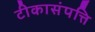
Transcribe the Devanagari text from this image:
टीकासंपत्ति